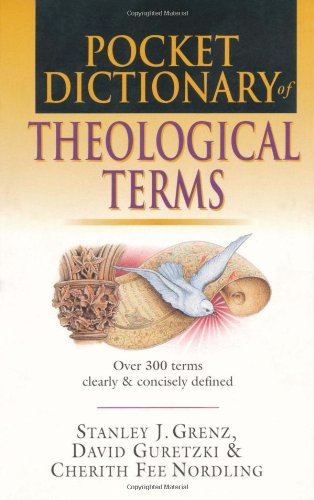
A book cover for Pocket Dictionary of Theological Terms; Stanley J. Grenz; Reference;